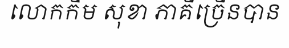
លោកកឹម សុខា ភាគីច្រើនបាន